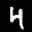
Label: 4